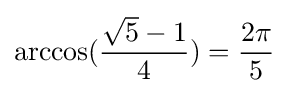
\arccos({\frac {{\sqrt {5}}-1}{4}})={\frac {2\pi }{5}}